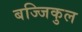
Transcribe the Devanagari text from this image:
बज्जिकुल